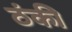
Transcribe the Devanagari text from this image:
ठंकी